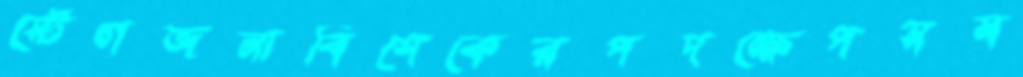
স্টেগজনাবিশেকেরপদক্ষেপসম